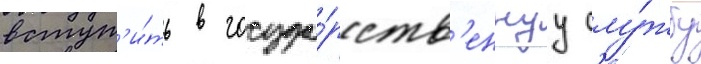
вступ'и́ть в госуда́рств'еннуу слу́жбу